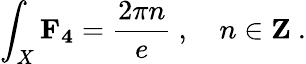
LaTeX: \int_{X}\mathbf{F_{4}}=\frac{2\pi n}{e}\ ,\quad n\in{\mathbf Z}\ .